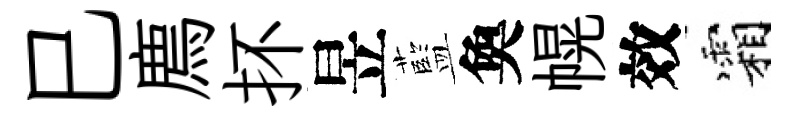
巳廌抔昱藍奐幌效霜